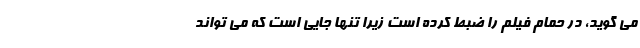
می گوید، در حمام فیلم را ضبط کرده است زیرا تنها جایی است که می تواند